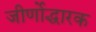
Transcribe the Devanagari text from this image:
जीर्णोद्धारक